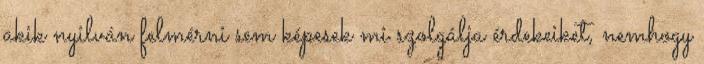
akik nyilván felmérni sem képesek mi szolgálja érdekeiket, nemhogy